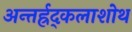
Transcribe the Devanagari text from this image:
अन्तर्ह्रद्कलाशोथ